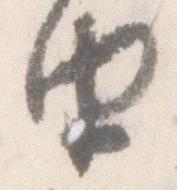
由